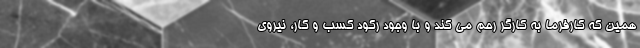
همین که کارفرما به کارگر رحم می کند و با وجود رکود کسب و کار، نیروی